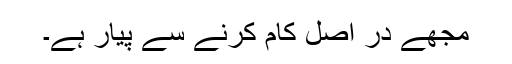
مجھے در اصل کام کرنے سے پیار ہے۔